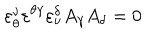
\varepsilon _ { \theta } ^ { \nu } \varepsilon ^ { \theta \gamma } \varepsilon _ { \nu } ^ { \delta } A _ { \gamma } A _ { \delta } = 0